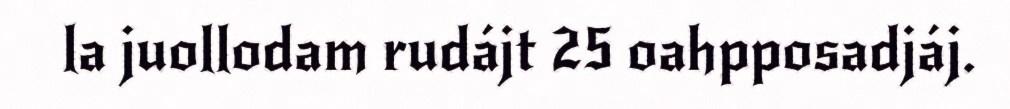
la juollodam rudájt 25 oahpposadjáj.